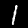
Digit: 1